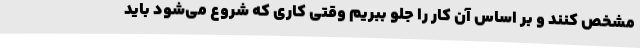
مشخص کنند و بر اساس آن کار را جلو ببریم وقتی کاری که شروع می‌شود باید